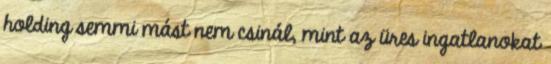
holding semmi mást nem csinál, mint az üres ingatlanokat